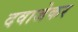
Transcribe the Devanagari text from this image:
दवाजेकर